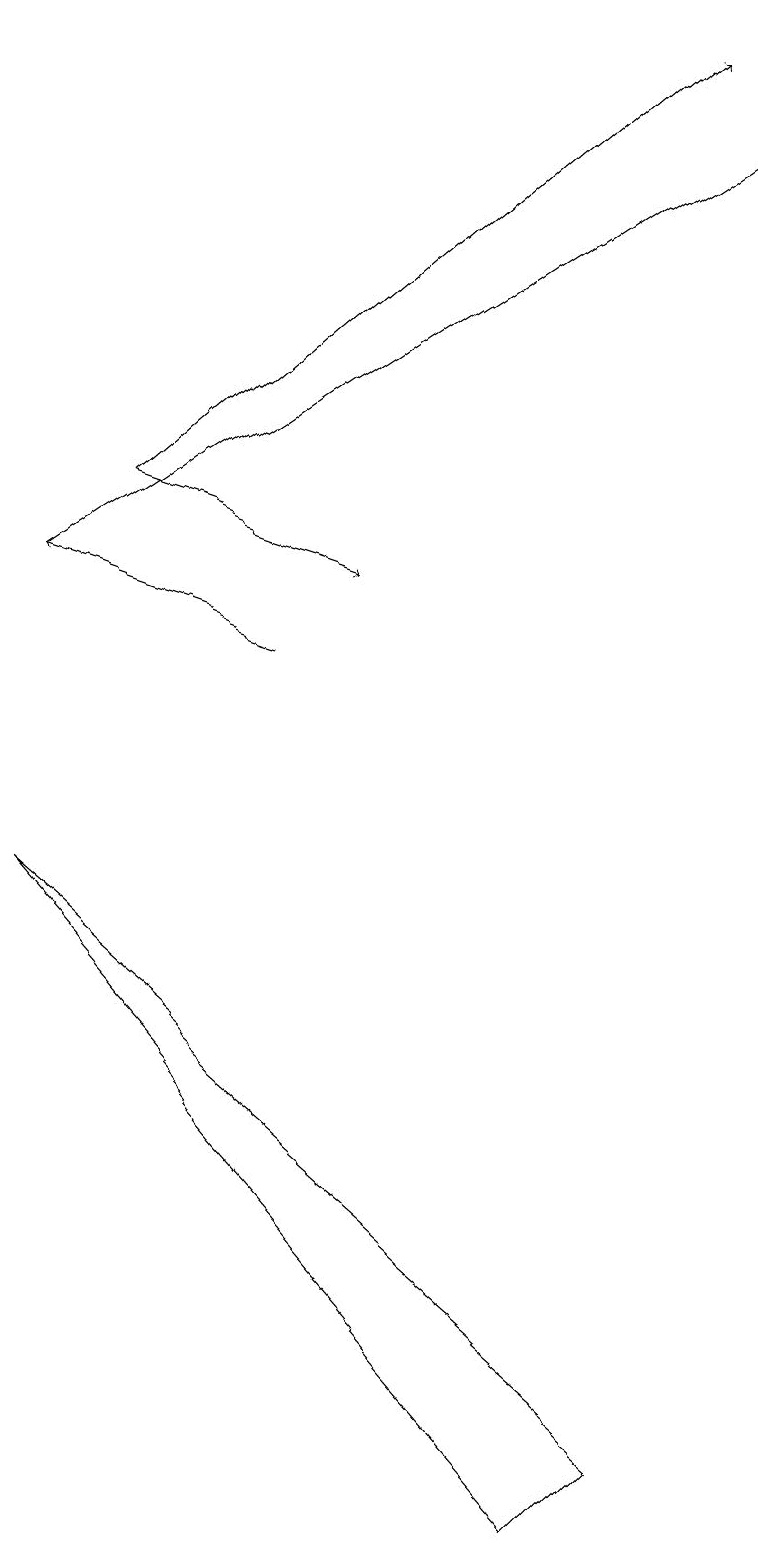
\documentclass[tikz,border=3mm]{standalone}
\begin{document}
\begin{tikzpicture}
\draw[->] (0,12) -- (9,18);
\draw[->] (1,13) -- (4,12);
\draw (7,0) -- (0,8) -- (8,1) -- cycle;
\draw[->] (1,13) -- (8,19);
\draw[->] (3,11) -- (0,12);
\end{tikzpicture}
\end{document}